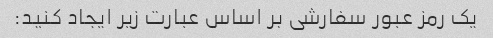
یک رمز عبور سفارشی بر اساس عبارت زیر ایجاد کنید: